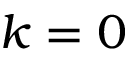
k = 0